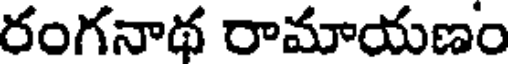
రంగనాథ రామాయణం